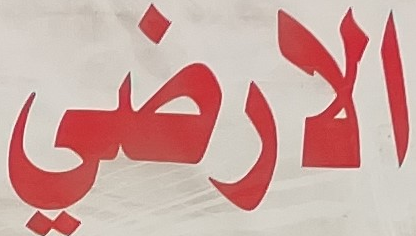
الارضي